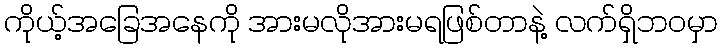
ကိုယ့်အခြေအနေကို အားမလိုအားမရဖြစ်တာနဲ့ လက်ရှိဘဝမှာ